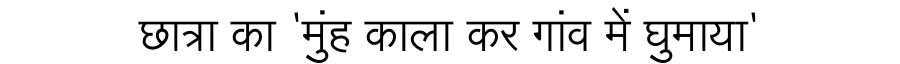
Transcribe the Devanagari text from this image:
छात्रा का 'मुंह काला कर गांव में घुमाया'